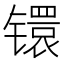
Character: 镮